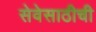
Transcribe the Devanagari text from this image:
सेवेसाठीची